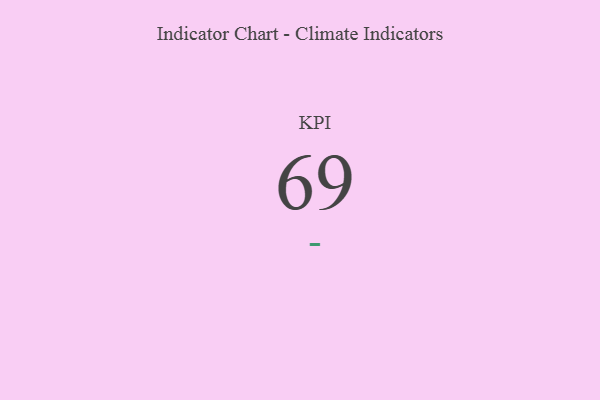
{"axis": {"x": "KPI", "y": "Value"}, "legend": [""], "data": [{"x": "KPI", "y": 69, "type": ""}]}